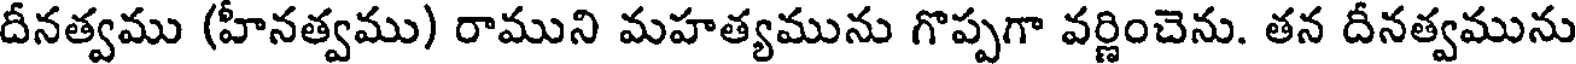
దీనత్వము (హీనత్వము) రాముని మహత్యమును గొప్పగా వర్ణించెను. తన దీనత్వమును